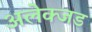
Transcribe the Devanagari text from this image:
अलेक्जड